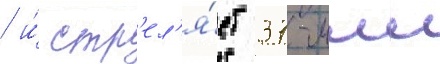
/ и́ стр'ел'я́ет 37-мм